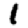
Digit: 1